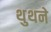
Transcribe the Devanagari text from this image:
थुथने